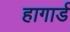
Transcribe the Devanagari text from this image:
हागार्ड